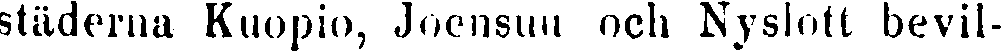
städerna Kuopio, Joensuu och Nyslott bevil-